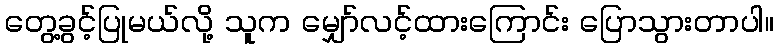
တွေ့ခွင့်ပြုမယ်လို့ သူက မျှော်လင့်ထားကြောင်း ပြောသွားတာပါ။